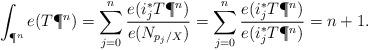
LaTeX: \begin{align*}\int_{\P^n}e(T\P^n)=\sum_{j=0}^n\frac{e(i_j^*T\P^n)}{e(N_{p_j/X})}=\sum_{j=0}^n\frac{e(i_j^*T\P^n)}{e(i_j^*T\P^n)}=n+1.\end{align*}